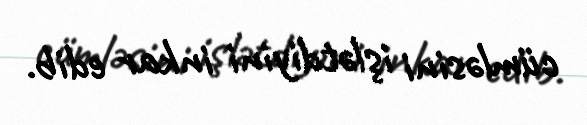
cümləsini işlətdiyini inkar edib.